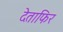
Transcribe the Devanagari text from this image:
देताफिर